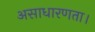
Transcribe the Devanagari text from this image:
असाधारणता।